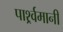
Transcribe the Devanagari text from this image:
पार्श्र्वमानी